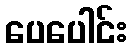
ပေပေါင်း